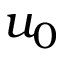
u _ { 0 }